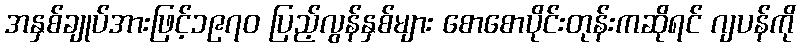
အနှစ်ချုပ်အားဖြင့်၁၉၇၀ ပြည့်လွန်နှစ်များ စောစောပိုင်းတုန်းကဆိုရင် ဂျပန်ကို